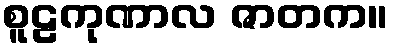
စူဠကုဏာလ ဇာတက။